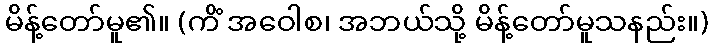
မိန့်တော်မူ၏။ (ကိံ အဝေါစ၊ အဘယ်သို့ မိန့်တော်မူသနည်း။)